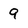
Character: 9